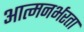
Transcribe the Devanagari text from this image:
आत्मनर्भरता